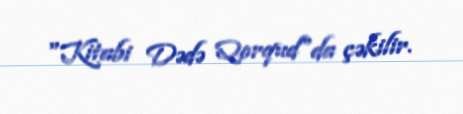
"Kitabi Dədə Qorqud"da çəkilir.